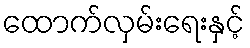
ထောက်လှမ်းရေးနှင့်